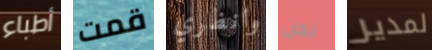
أطباء قمت وانظري نحن لمدير